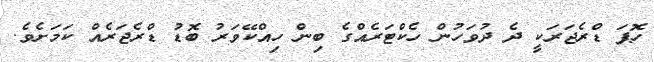
ހޮޕަ ޑްރެޖަރަކީ ދެ ދުވަހުން ހެކްޓަރެއްގެ ބިން ހިއްކޭވަރު ބޮޑު ޑްރެޖަރެއް ކަމަށެވެ.